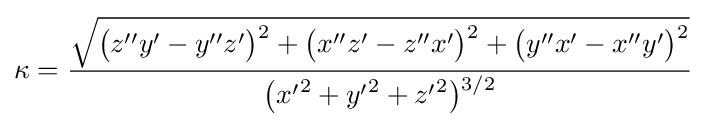
\kappa ={\frac {\sqrt {{\bigl (}z''y'-y''z'{\bigr )}{\vphantom {'}}^{2}+{\bigl (}x''z'-z''x'{\bigr )}{\vphantom {'}}^{2}+{\bigl (}y''x'-x''y'{\bigr )}{\vphantom {'}}^{2}}}{{\bigl (}{x'}^{2}+{y'}^{2}+{z'}^{2}{\bigr )}{\vphantom {'}}^{3/2}}}